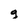
Character: g